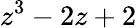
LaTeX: z^{3}-2z+2